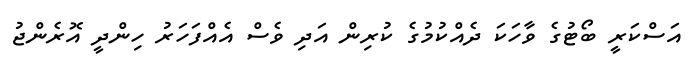
އަސްކަރީ ބޯޓުގެ ވާހަކަ ދެއްކުމުގެ ކުރިން އަދި ވެސް އެއްފަހަރު ހިންދީ އޮރެންޖު